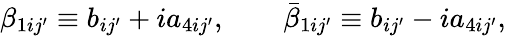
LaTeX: \beta_{1ij^{\prime}}\equiv b_{ij^{\prime}}+ia_{4ij^{\prime}},\qquad\bar{\beta}_{1ij^{\prime}}\equiv b_{ij^{\prime}}-ia_{4ij^{\prime}},